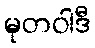
မုတဝါဒီ